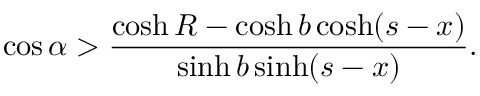
\cos \alpha > \frac { \cosh R - \cosh b \cosh ( s - x ) } { \sinh b \sinh ( s - x ) } .